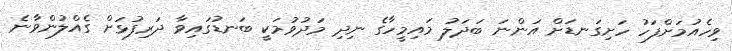
ވިހެއުމަށްފަހު ހަށިގަނޑަށް އަންނަ ބަދަލު މައިމީހާގެ ނިދި މަދުވުމަކީ ބަނޑުގައިވާ ދަރިފުޅަށް ގެއްލުންވާނެ